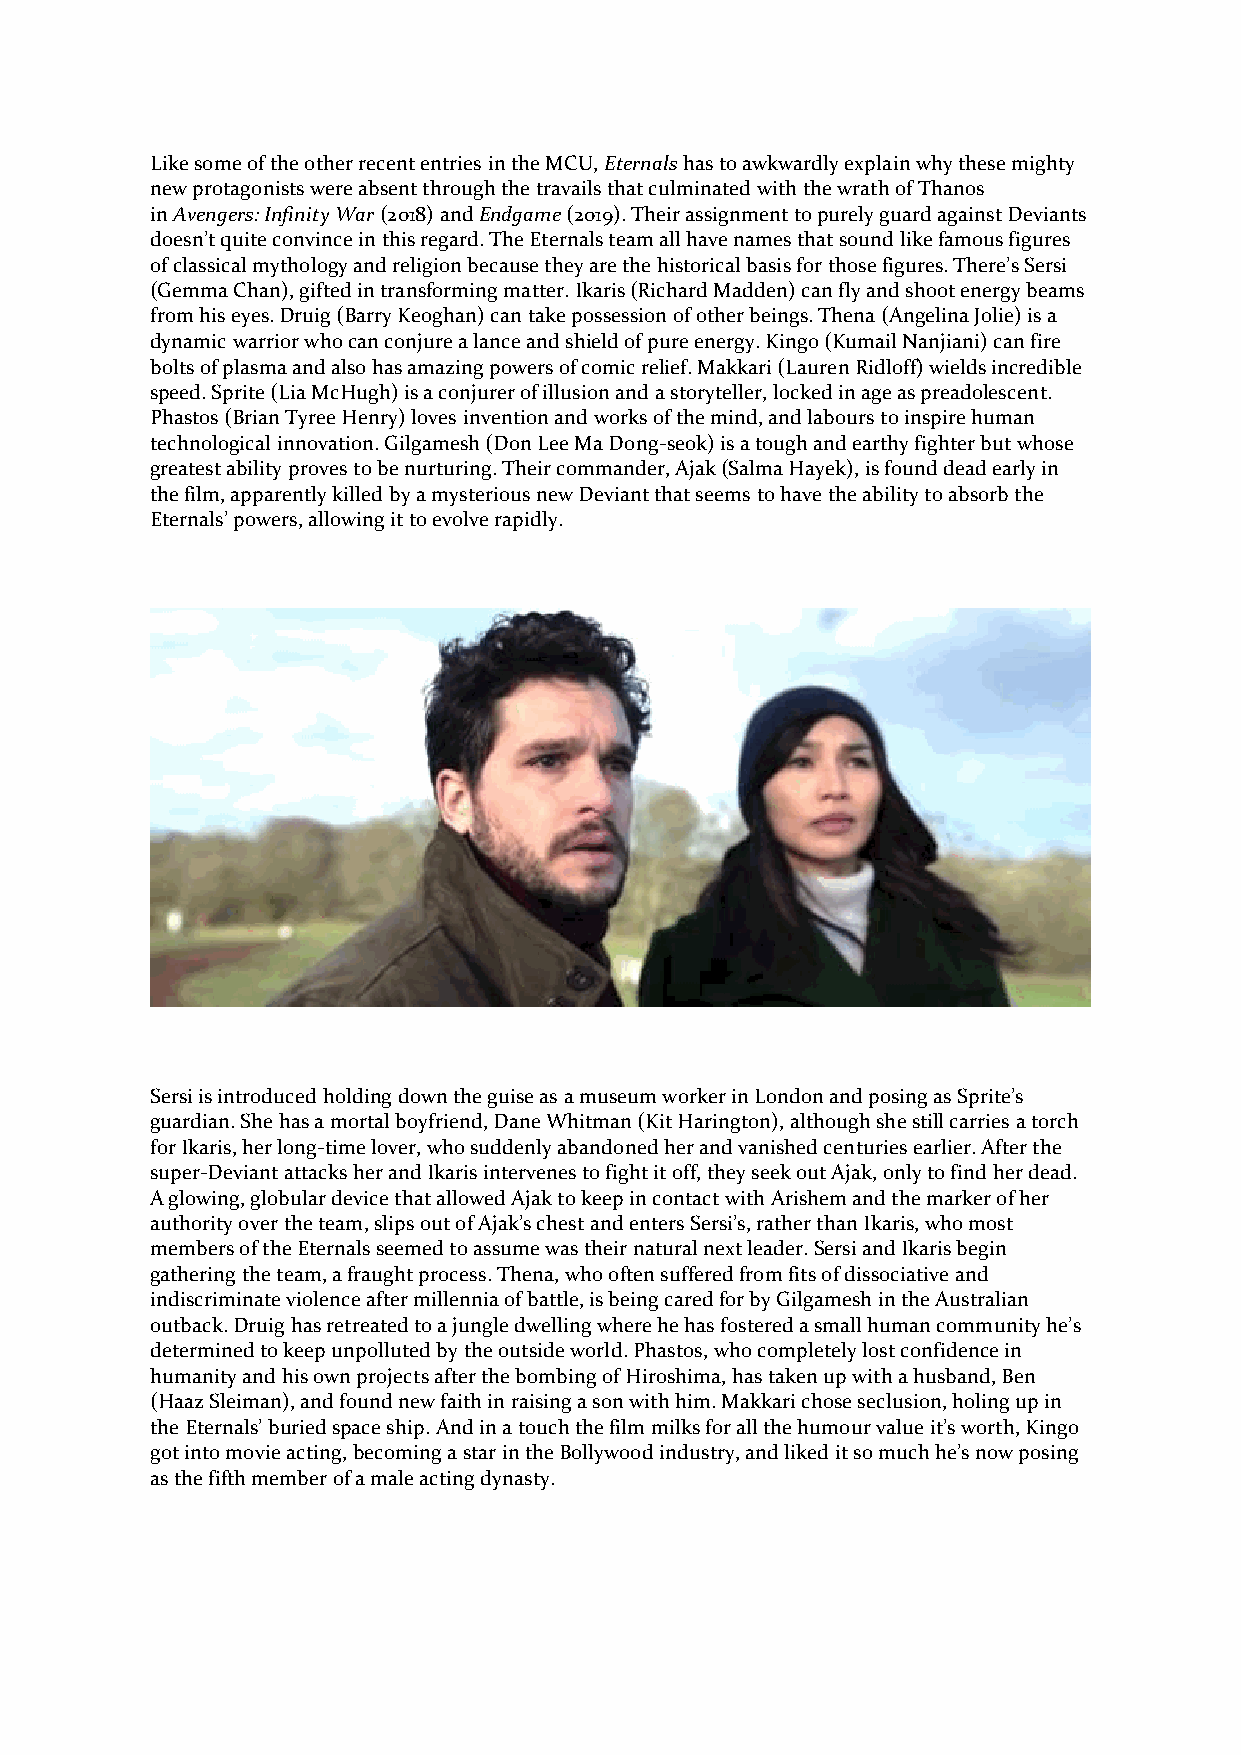
Like some of the other recent entries in the MCU, Eternals has to awkwardly explain why these mighty
 new protagonists were absent through the travails that culminated with the wrath of Thanos
 in Avengers: Infinity War (2018) and Endgame (2019). Their assignment to purely guard against Deviants
 doesn’t quite convince in this regard. The Eternals team all have names that sound like famous figures
 of classical mythology and religion because they are the historical basis for those figures. There’s Sersi
 (Gemma Chan), gifted in transforming matter. Ikaris (Richard Madden) can fly and shoot energy beams
 from his eyes. Druig (Barry Keoghan) can take possession of other beings. Thena (Angelina Jolie) is a
 dynamic warrior who can conjure a lance and shield of pure energy. Kingo (Kumail Nanjiani) can fire
 bolts of plasma and also has amazing powers of comic relief. Makkari (Lauren Ridloff) wields incredible
 speed. Sprite (Lia McHugh) is a conjurer of illusion and a storyteller, locked in age as preadolescent.
 Phastos (Brian Tyree Henry) loves invention and works of the mind, and labours to inspire human
 technological innovation. Gilgamesh (Don Lee Ma Dong-seok) is a tough and earthy fighter but whose
 greatest ability proves to be nurturing. Their commander, Ajak (Salma Hayek), is found dead early in
 the film, apparently killed by a mysterious new Deviant that seems to have the ability to absorb the
 Eternals’ powers, allowing it to evolve rapidly.
 Sersi is introduced holding down the guise as a museum worker in London and posing as Sprite’s
 guardian. She has a mortal boyfriend, Dane Whitman (Kit Harington), although she still carries a torch
 for Ikaris, her long-time lover, who suddenly abandoned her and vanished centuries earlier. After the
 super-Deviant attacks her and Ikaris intervenes to fight it off, they seek out Ajak, only to find her dead.
 A glowing, globular device that allowed Ajak to keep in contact with Arishem and the marker of her
 authority over the team, slips out of Ajak’s chest and enters Sersi’s, rather than Ikaris, who most
 members of the Eternals seemed to assume was their natural next leader. Sersi and Ikaris begin
 gathering the team, a fraught process. Thena, who often suffered from fits of dissociative and
 indiscriminate violence after millennia of battle, is being cared for by Gilgamesh in the Australian
 outback. Druig has retreated to a jungle dwelling where he has fostered a small human community he’s
 determined to keep unpolluted by the outside world. Phastos, who completely lost confidence in
 humanity and his own projects after the bombing of Hiroshima, has taken up with a husband, Ben
 (Haaz Sleiman), and found new faith in raising a son with him. Makkari chose seclusion, holing up in
 the Eternals’ buried space ship. And in a touch the film milks for all the humour value it’s worth, Kingo
 got into movie acting, becoming a star in the Bollywood industry, and liked it so much he’s now posing
 as the fifth member of a male acting dynasty.